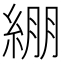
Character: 綳